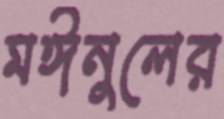
মঈনুলের